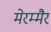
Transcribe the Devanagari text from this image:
मेरम्मैर